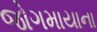
જોગમાયાના